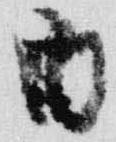
酉